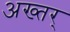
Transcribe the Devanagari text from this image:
अख्तर्